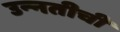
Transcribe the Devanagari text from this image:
उन्‍नतीची